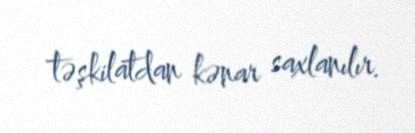
təşkilatdan kənar saxlanılır.